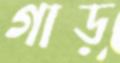
গাড়